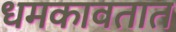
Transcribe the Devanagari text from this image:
धमकावतात